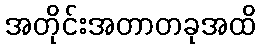
အတိုင်းအတာတခုအထိ